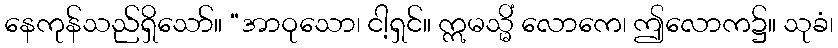
နေကုန်သည်ရှိသော်။ “အာဝုသော၊ ငါ့ရှင်။ ဣမသ္မိံ လောကေ၊ ဤလောက၌။ သုခံ၊